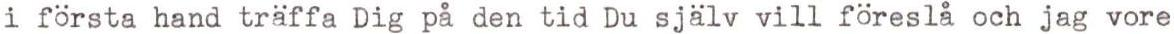
i första hand träffa Dig på den tid Du själv vill föreslå och jag vore